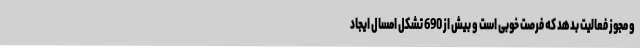
و مجوز فعالیت بدهد که فرصت خوبی است و بیش از 690 تشکل امسال ایجاد